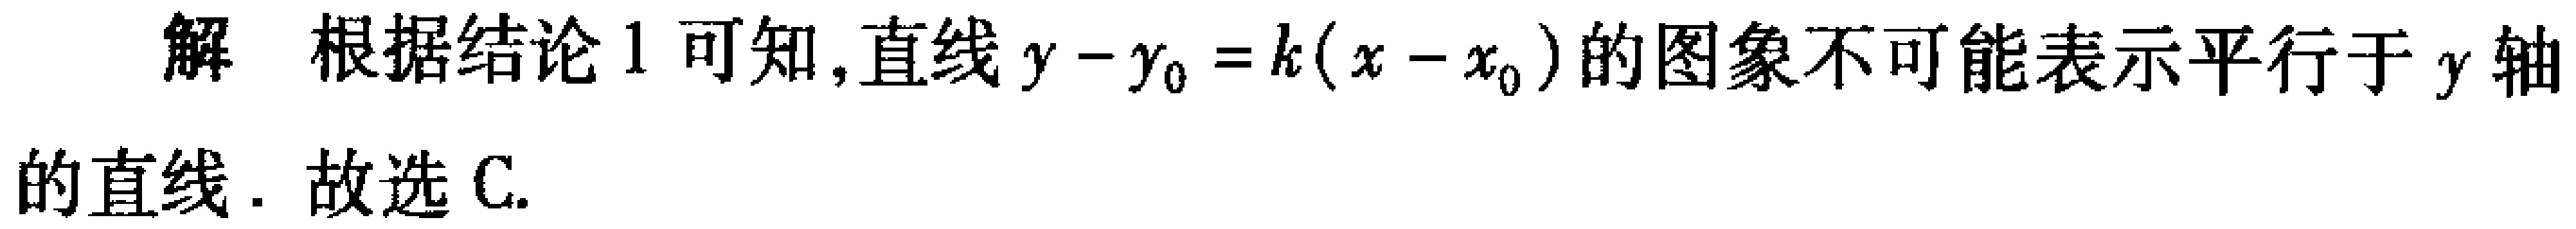
解 根据结论1可知,直线\(y - y_{0} = k(x - x_{0})\)的图象不可能表示平行于\(y\)轴的直线. 故选C.